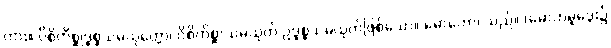
ကား။ ဝိစိကိစ္ဆုဒ္ဓစ္စသမ္ပယုတ္တော၊ ဝိစိကိစ္ဆာသမ္ပယုတ် ဥဒ္ဓစ္စသမ္ပယုတ်ဖြစ်သော။ မောဟော၊ သည်။ (မောဟမူဒွေး၌